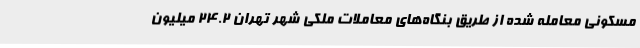
مسکونی معامله شده از طریق بنگاه‌های معاملات ملکی شهر تهران 24.2 میلیون